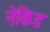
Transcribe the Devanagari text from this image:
नेकिड